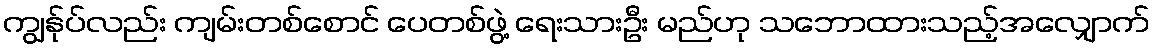
ကျွန်ုပ်လည်း ကျမ်းတစ်စောင် ပေတစ်ဖွဲ့ ရေးသားဦး မည်ဟု သဘောထားသည့်အလျှောက်